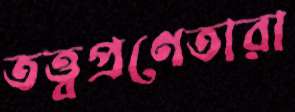
তত্ত্বপ্রণেতারা